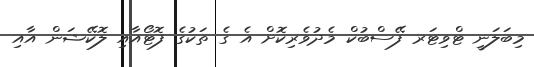
މިބަލަނީ ޓްވިޓަރ ފޭސްބުކް މެދުވެރިކޮށް އެ ގެ ތަކުގެ ފޮޓޯއާއި ލޮކޭޝަން އާއި